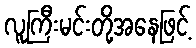
လူကြီးမင်းတို့အနေဖြင့်